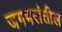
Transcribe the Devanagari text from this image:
जगभरांतील